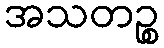
အသတဉ္စ